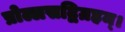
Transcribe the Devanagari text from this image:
प्रोल्लसद्विग्रहम्।